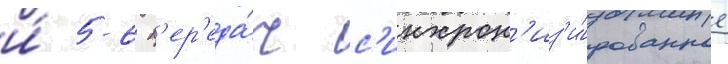
и́ 5-6 п'ер'еда́ч с'инхрон'из'и́рованное